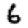
Digit: 6